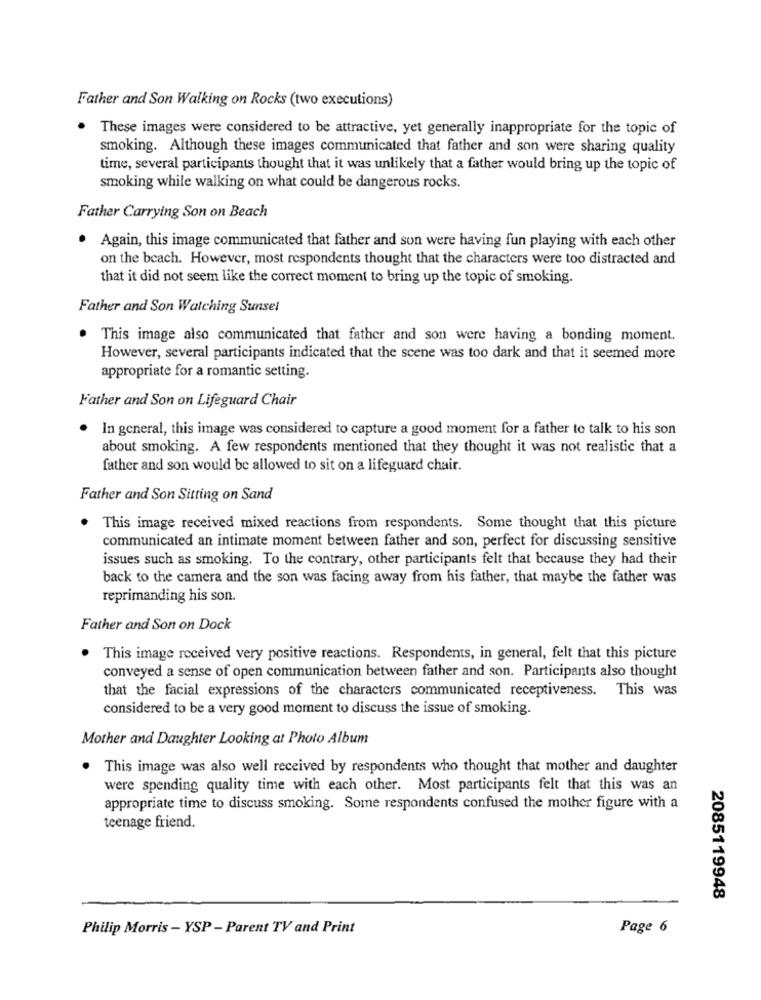
Father and Son Walking on Rocks (two executions)
These images were considered to be attractive, yet generally inappropriate for the topic of
smoking. Although these images communicated that father and son were sharing quality
time, several participants thought that it was unlikely that a father would bring up the topic of
smoking while walking on what could be dangerous rocks.
Father Carrying Son on Beach
. Again, this image communicated that father and son were having fun playing with each other
on the beach. However, most respondents thought that the characters were too distracted and
that it did not seem like the correct moment to bring up the topic of smoking.
Father and Son Watching Sunsel
This image also communicated that father and son were having a bonding moment.
However, several participants indicated that the scene was too dark and that it seemed more
appropriate for a romantic setting.
Father and Son on Lifeguard Chair
In general, this image was considered to capture a good moment for a father to talk to his son
about smoking. A few respondents mentioned that they thought it was not realistic that a
father and son would be allowed to sit on a lifeguard chair.
Father and Son Sitting on Sand
This image received mixed reactions from respondents. Some thought that this picture
communicated an intimate moment between father and son, perfect for discussing sensitive
issues such as smoking. To the contrary, other participants felt that because they had their
back to the camera and the son was facing away from his father, that maybe the father was
reprimanding his son.
Father and Son on Dock
This image received very positive reactions. Respondents, in general, felt that this picture
conveyed a sense of open communication between father and son. Participants also thought
that the facial expressions of the characters communicated receptiveness. This was
considered to be a very good moment to discuss the issue of smoking.
Mother and Daughter Looking at Photo Album
This image was also well received by respondents who thought that mother and daughter
were spending quality time with each other. Most participants felt that this was an
appropriate time to discuss smoking. Some respondents confused the mother figure with a
teenage friend.
2085119948
Philip Morris - YSP - Parent TV and Print
Page 6